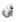
أن